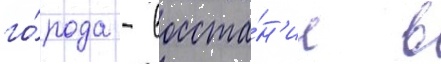
го́рода - восста́н'ие в